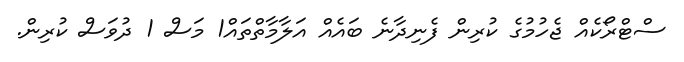
ސްޓްރޯކެއް ޖެހުމުގެ ކުރިން ފެނިދާނެ ބައެއް އަލާމާތްތައް1 މަސް 1 ދުވަސް ކުރިން.